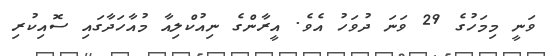
ވަނީ މިމަހުގެ 29 ވަނަ ދުވަހު އެވެ. އީރާންގެ ނިއުކްލިއާ މުއާހަދާގައި ސޮއިކުރި